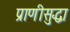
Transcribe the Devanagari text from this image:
प्राणीसुद्धा